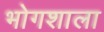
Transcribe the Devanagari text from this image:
भोगशाला